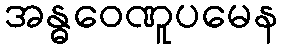
အန္ဓဝေဏူပမေန